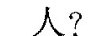
人?